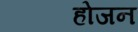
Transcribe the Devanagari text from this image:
होजन